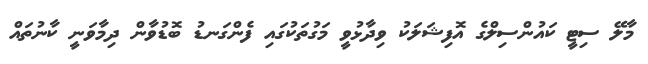
މާލޭ ސިޓީ ކައުންސިލްގެ އޮފިޝަލަކު ވިދާޅުވީ މަގުތަކުގައި ފެންގަނޑު ބޮޑުވާން ދިމާވަނީ ކާނުތައް